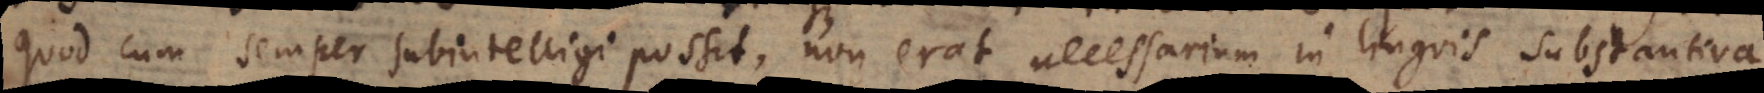
quod cum semper subintelligi possit, non erat necessarium in linguis substantiva